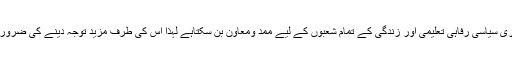
جو ہماری سیاسی رفاہی تعلیمی اور زندگی کے تمام شعبوں کے لیے ممد ومعاون بن سکتاہے لہٰذا اس کی طرف مزید توجہ دینے کی ضرورت ہے۔